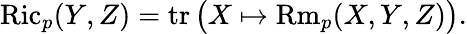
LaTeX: \operatorname{Ric}_{p}(Y,Z)=\operatorname{tr}{\big(}X\mapsto\operatorname{Rm}_{p}(X,Y,Z){\big)}.